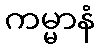
ကမ္မာနံ